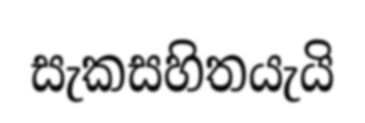
සැකසහිතයැයි